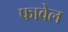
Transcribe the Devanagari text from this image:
फावेल